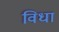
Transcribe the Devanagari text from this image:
विधा